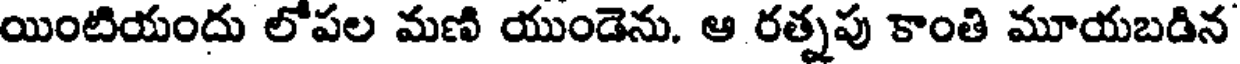
యింటియందు లోపల మణి యుండెను. ఆ రత్నపు కాంతి మూయబడిన